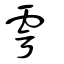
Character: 雩